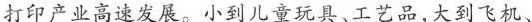
打印技术,全球3D打印产业高速发展。小到儿童玩具、工艺品,大到飞机、